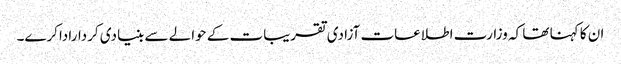
ان کا کہنا تھا کہ وزارت اطلاعات آزادی تقریبات کے حوالے سے بنیادی کرداراداکرے۔